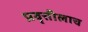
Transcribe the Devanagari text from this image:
प्रवृत्तीलाच